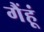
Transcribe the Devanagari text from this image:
गैंहूं